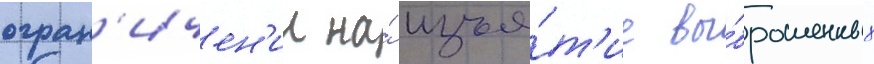
огран'ичен'ии на́ изъя́т'ие вы́брошенных